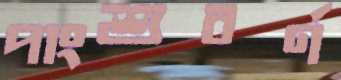
পাংশুবর্ণ